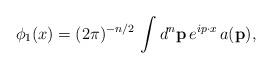
LaTeX: \begin{align*} \phi_1( {x}) =(2\pi)^{-n/2}\,\int d^n \mathbf{p}\, e^{i {p} \cdot {x}}\,a(\mathbf{p}),\end{align*}